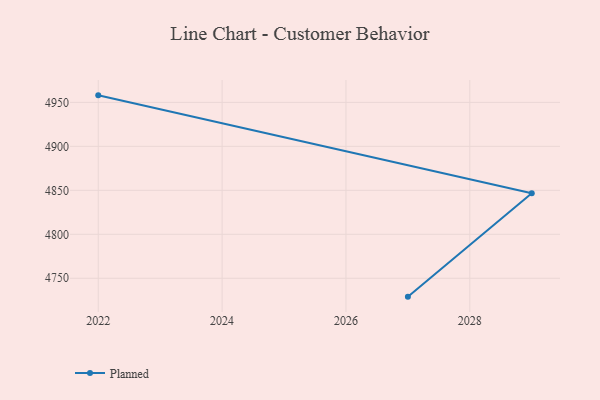
{"axis": {"x": "Year", "y": "Energy Usage (MWh)"}, "legend": ["Planned"], "data": [{"x": "2027", "y": 4729.1, "type": "Planned"}, {"x": "2029", "y": 4846.7, "type": "Planned"}, {"x": "2022", "y": 4958.0, "type": "Planned"}]}